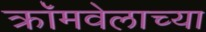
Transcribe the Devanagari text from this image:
क्रॉमवेलाच्या